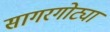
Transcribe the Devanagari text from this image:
सागरगोट्या